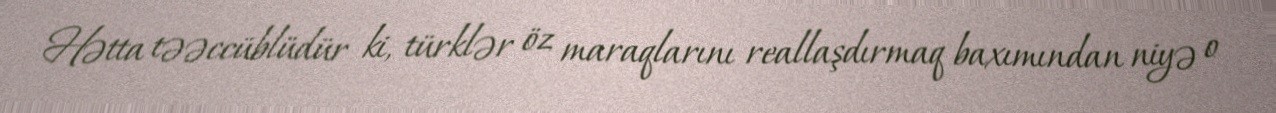
Hətta təəccüblüdür ki, türklər öz maraqlarını reallaşdırmaq baxımından niyə o